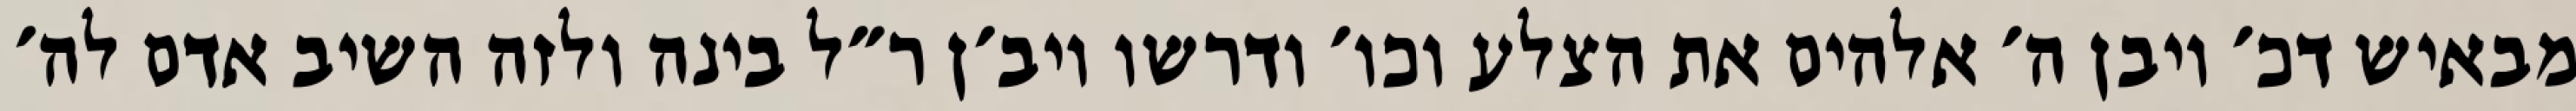
מבאיש דכ׳ ויבן ה׳ אלהים את הצלע וכו׳ ודרשו ויב׳ן ר״ל בינה ולזה השיב אדם לה׳